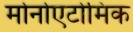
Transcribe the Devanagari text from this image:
मोनोएटोमिक